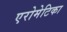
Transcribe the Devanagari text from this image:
एरोमेटिका